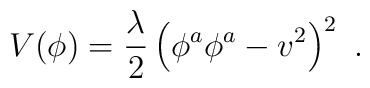
V(\phi) = {\lambda \over 2}\left(\phi^a\phi^a -v^2\right)^2 \ .